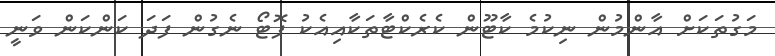
މަގުތަކަށް އާންމުން ނިކުމެ ކާޓޫން ކެރެކްޓާތަކާއިއެކު ފޮޓޯ ނެގުން ފަދަ ކަންކަން ވަނީ